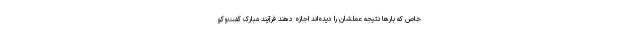
خاص که بارها نتیجه عملشان را دیده‌اند اجازه دهند فرآیند مبارک گفت‌و‌گو